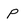
Character: p